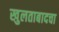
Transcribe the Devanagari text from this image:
खुलताबादचा